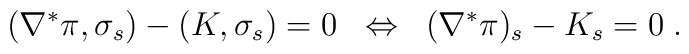
(\nabla^\ast\pi,\sigma_s) - (K,\sigma_s) = 0     \;\;\Leftrightarrow\;\;         (\nabla^\ast\pi)_s - K_s = 0 \;.